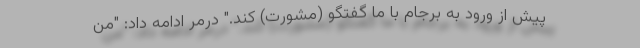
پیش از ورود به برجام با ما گفتگو (مشورت) كند." درمر ادامه داد: "من